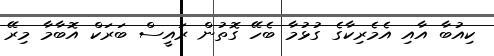
ކިއުބާ އާއި އެމެރިކާގެ ގުޅުމާ ބެހޭ ގޮތުން ރައީސް ބަރަކް އޮބާމާ މިރޭ